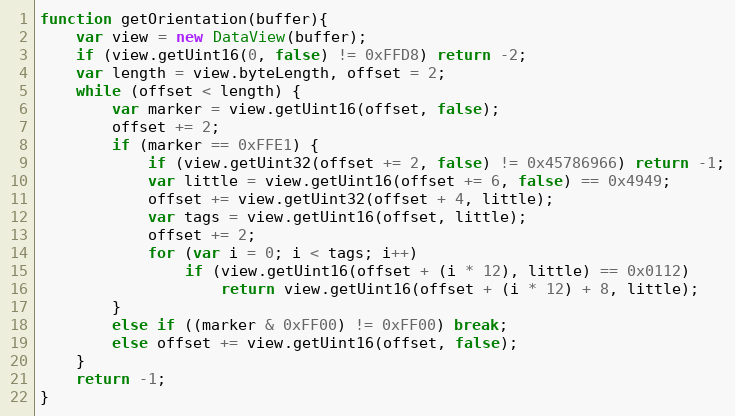
Language: JavaScript
function getOrientation(buffer){
    var view = new DataView(buffer);
    if (view.getUint16(0, false) != 0xFFD8) return -2;
    var length = view.byteLength, offset = 2;
    while (offset < length) {
        var marker = view.getUint16(offset, false);
        offset += 2;
        if (marker == 0xFFE1) {
            if (view.getUint32(offset += 2, false) != 0x45786966) return -1;
            var little = view.getUint16(offset += 6, false) == 0x4949;
            offset += view.getUint32(offset + 4, little);
            var tags = view.getUint16(offset, little);
            offset += 2;
            for (var i = 0; i < tags; i++)
                if (view.getUint16(offset + (i * 12), little) == 0x0112)
                    return view.getUint16(offset + (i * 12) + 8, little);
        }
        else if ((marker & 0xFF00) != 0xFF00) break;
        else offset += view.getUint16(offset, false);
    }
    return -1;
}